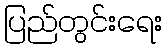
ပြည်တွင်းရေး